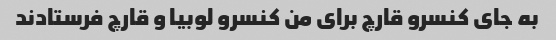
به جای کنسرو قارچ برای من کنسرو لوبیا و قارچ فرستادند